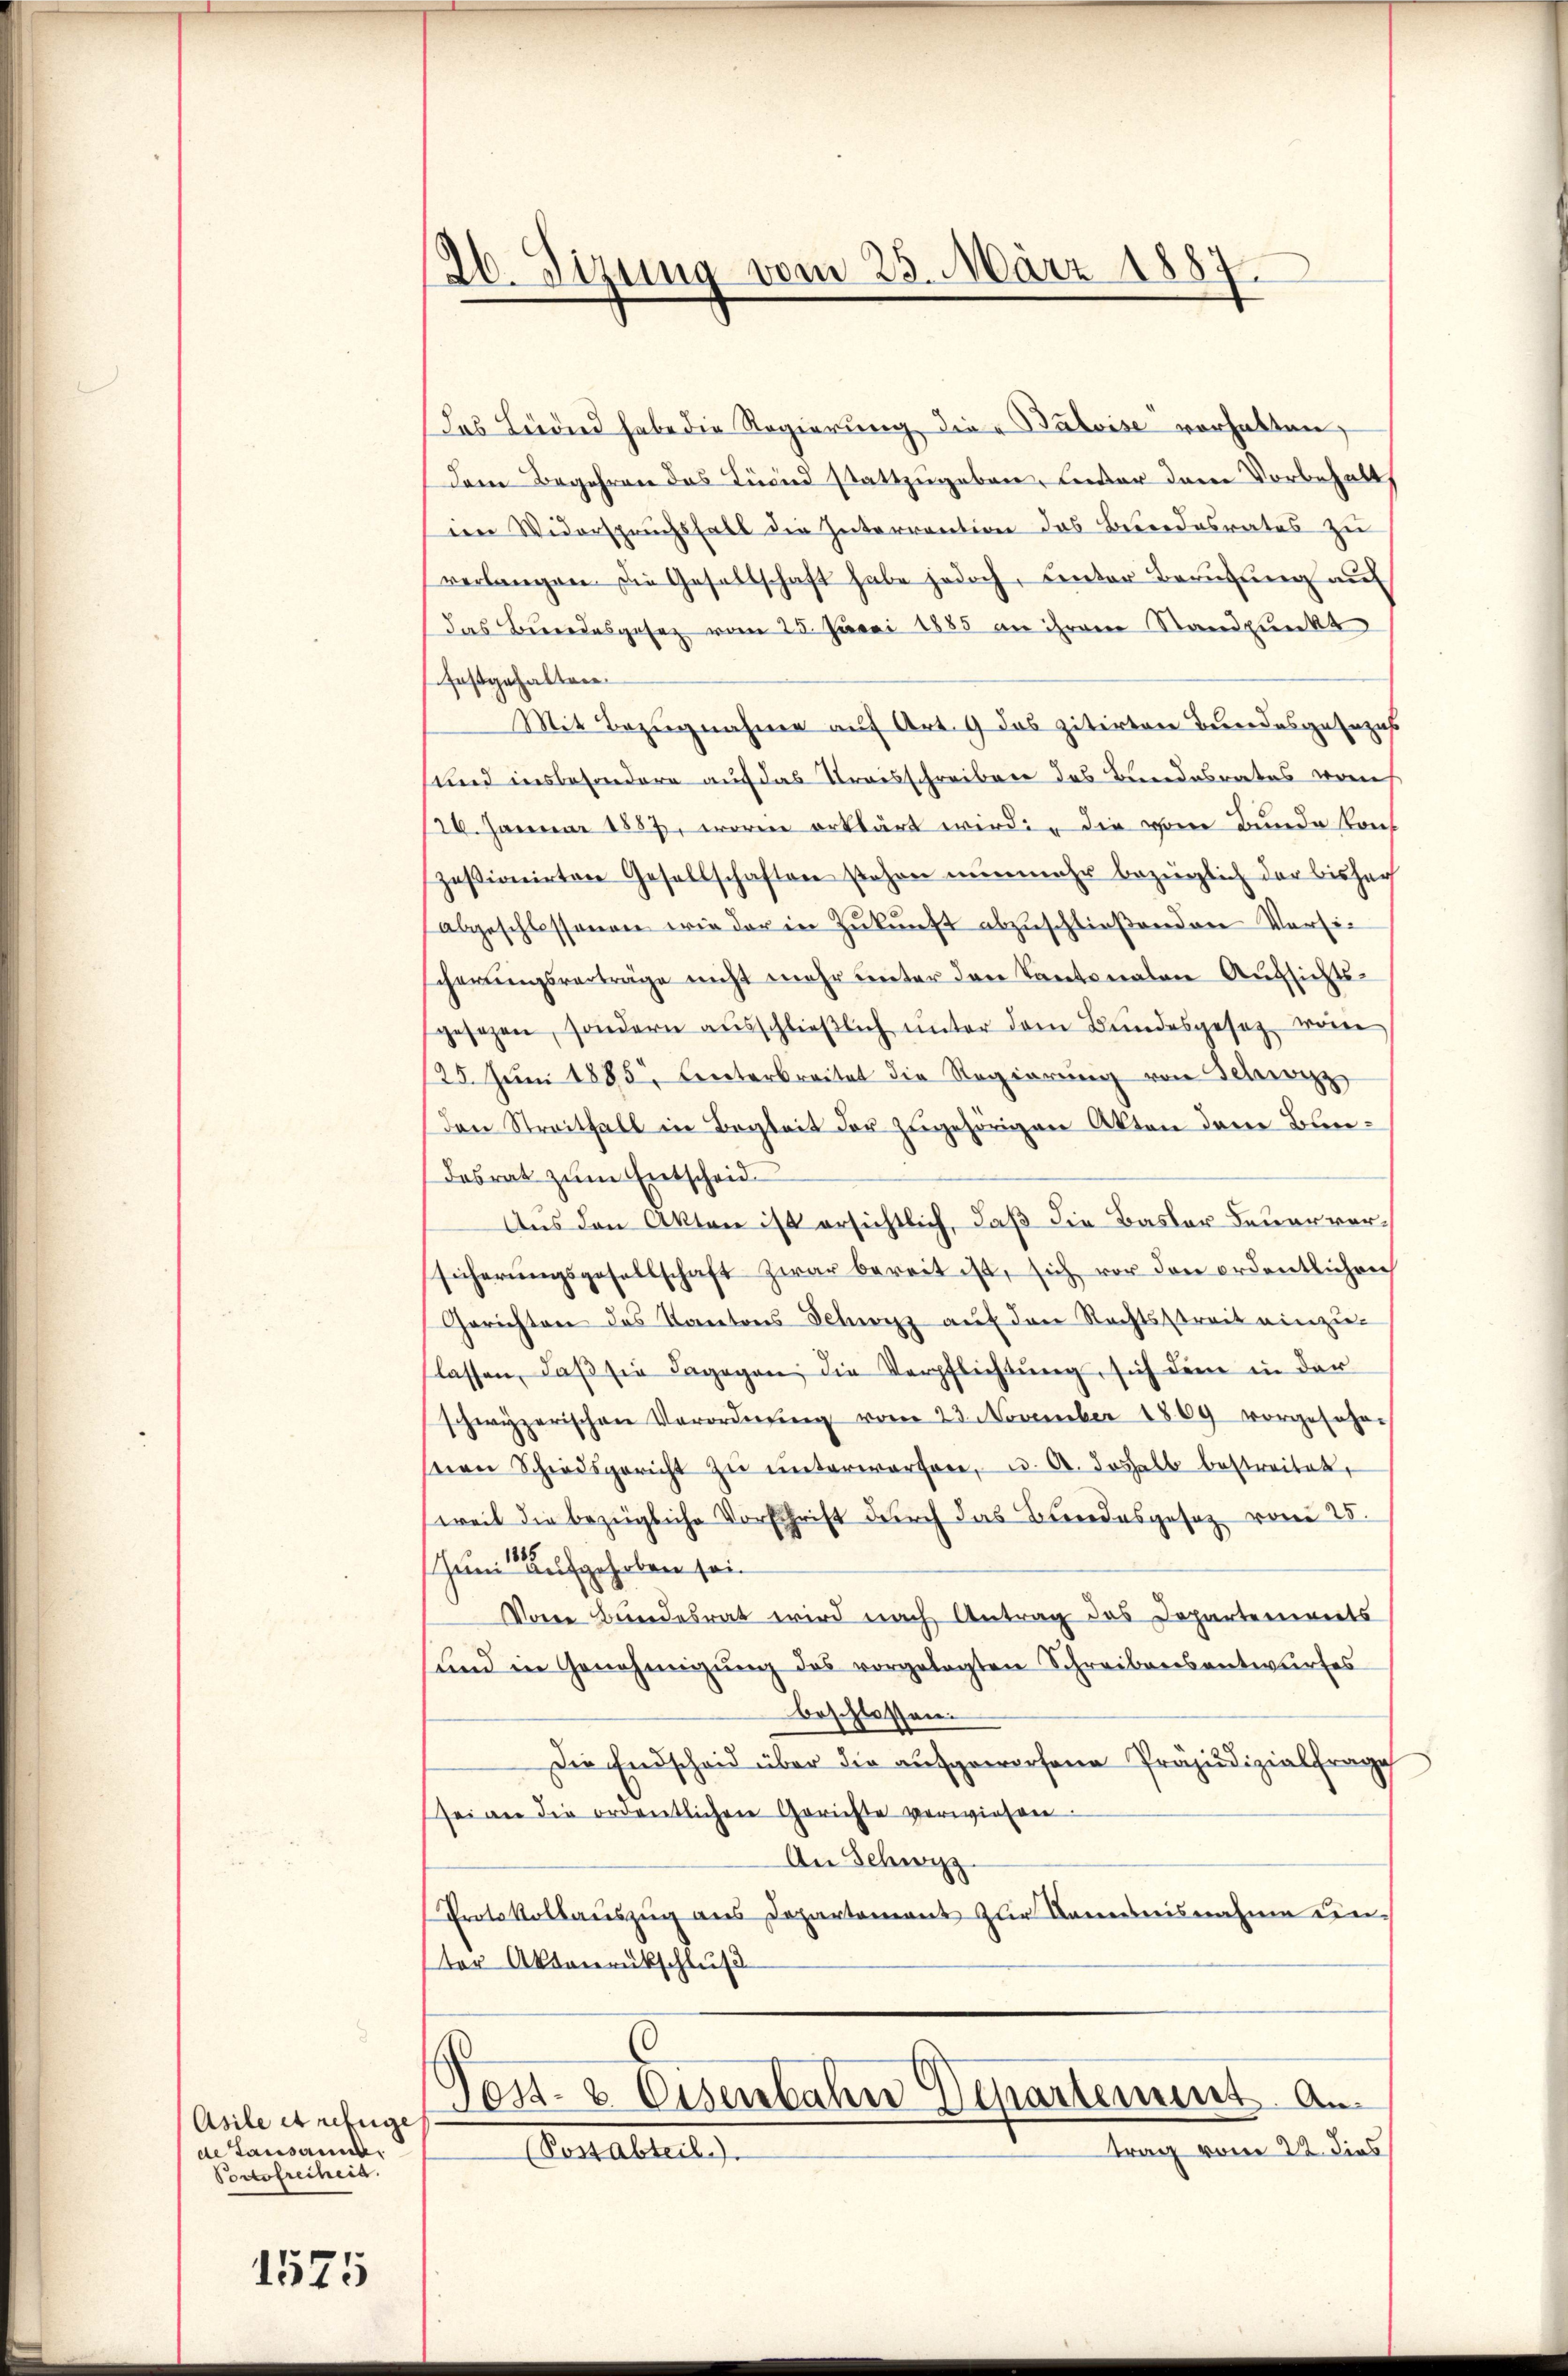
Asile et refuge
Lausann
Portofreiheit.

1575

26. Sizung vom 23. März 1887.

Das Liedend habe die Regierung die „Balvise vorhalten,
Dem Begehren das Linie stattzugeben, Leeber denen Vorbehalts
im Widerspruchsfall die Interrention des Bundesrates zu
verlangen. Die Gesellschaft habe jedoch, Center Berufung auf
das Bundesgesez vom 25. Juni 1885 an ihrem Standpunkt
festgehalten.
Mit Bezugnahme auf Art. 9 das zitirten Bundesgesezes
und insbesondere auf das Urgesschreiben des Bundesrates vom
126. Januar 1887, worin erklärt wirdig die vom Bunde kont
zesionirten Gesellschaften stehen nunmehr bezüglich der bisher
abgeschlossenen wie der in Zŭkŭnft abzuschließenden Versischerungsverträge nicht mehr unter den Kantonalen Aufsichts-
gesezen, sondern ausschlieβlich unter dem Bundesgesetz wäre
25. Jŭni 1885. Leiterbreitet die Regierŭng von Schwarz
den Streithall in Begleit der zugehörigen Akten dem Bundasrat zŭm Entscheid
Aus den Akten ist ersichtlich, daß die Basler Feuer vorsicherungsgesellschaft zwar bereit ist, sich vor den ordentlichen
Gerichten das Kantons Schwyz auf den Rechtsstreit einzu-
lassen, daβ sie dagegen, die Verpflichtŭng, sich dem in der
schwyzerischen Verordnŭng vom 23. November 1869 vorgesehe-
nen Schiedsgericht zŭ ŭnterworfen, u. A. deshalb bestreitet,
weil die bezügliche Vorschrift durch das Bundesgesetz vom 25.
uni aufgehoben sein
Vom Bundesrat wird nach Antrag des Departements
und in Genehmigung des vorgelegten Schreibensentwurfes
beschlossen.
Die Endscheid über die aufgeworfene Präjudizialfrage
sei an die ordentlichen Gerichte verwiesen.
An Schwyz
Protokollauszug aus Departement zur Bandnisnahme einter Aktenrückschluß
Post- & Eisenbahn Echartement a
trag vom 22. dies
(Sossabteil.).